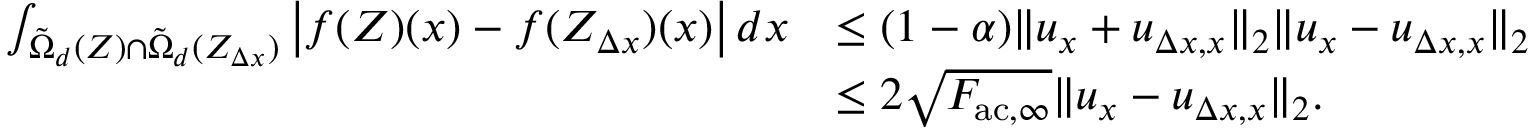
\begin{array} { r l } { \int _ { \tilde { \Omega } _ { d } ( Z ) \cap \tilde { \Omega } _ { d } ( Z _ { \Delta x } ) } \left| f ( Z ) ( x ) - f ( Z _ { \Delta x } ) ( x ) \right| d x } & { \leq ( 1 - \alpha ) \| u _ { x } + u _ { \Delta x , x } \| _ { 2 } \| u _ { x } - u _ { \Delta x , x } \| _ { 2 } } \\ & { \leq 2 \sqrt { F _ { \mathrm { a c } , \infty } } \| u _ { x } - u _ { \Delta x , x } \| _ { 2 } . } \end{array}